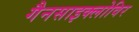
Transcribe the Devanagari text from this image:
गैनसाइक्लोविर